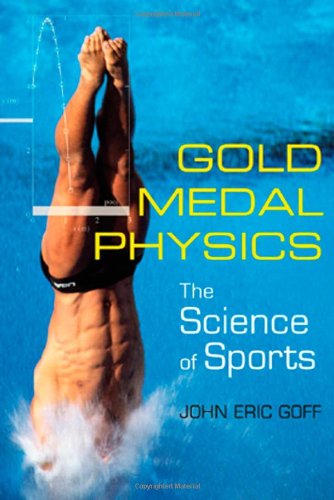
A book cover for Gold Medal Physics: The Science of Sports; John Eric Goff; Sports & Outdoors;